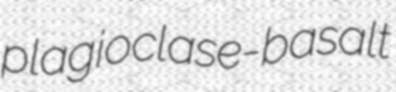
plagioclase-basalt